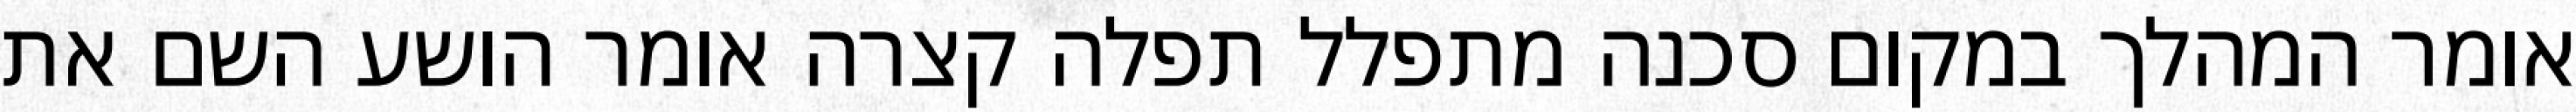
אומר המהלך במקום סכנה מתפלל תפלה קצרה אומר הושע השם את